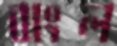
বাংল